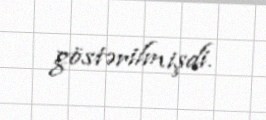
göstərilmişdi.